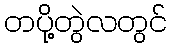
တပို့တွဲလတွင်